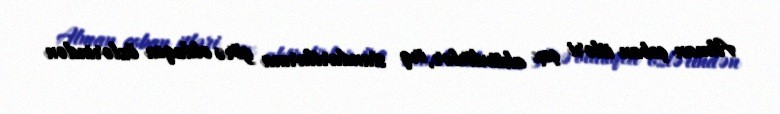
Alman çoban itləri çox aktivdirlər, irq standartlarına görə olduqca özlərindən